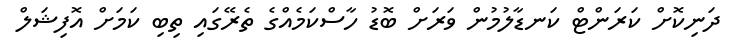
ދަނިކޮށް ކަރަންޓް ކަނޑާލުމުން ވަރަށް ބޮޑު ހާސްކަމެއްގެ ތެރޭގައި ތިބި ކަމަށް އޮފިޝަލް